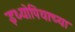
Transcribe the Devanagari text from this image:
इथ्योपियाच्या